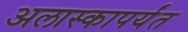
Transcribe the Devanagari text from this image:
अलास्कापर्यंत